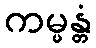
ကမ္မန္တံ